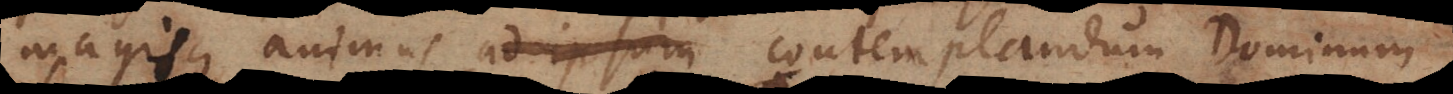
magisque animus ad ipsum contemplandum contempl